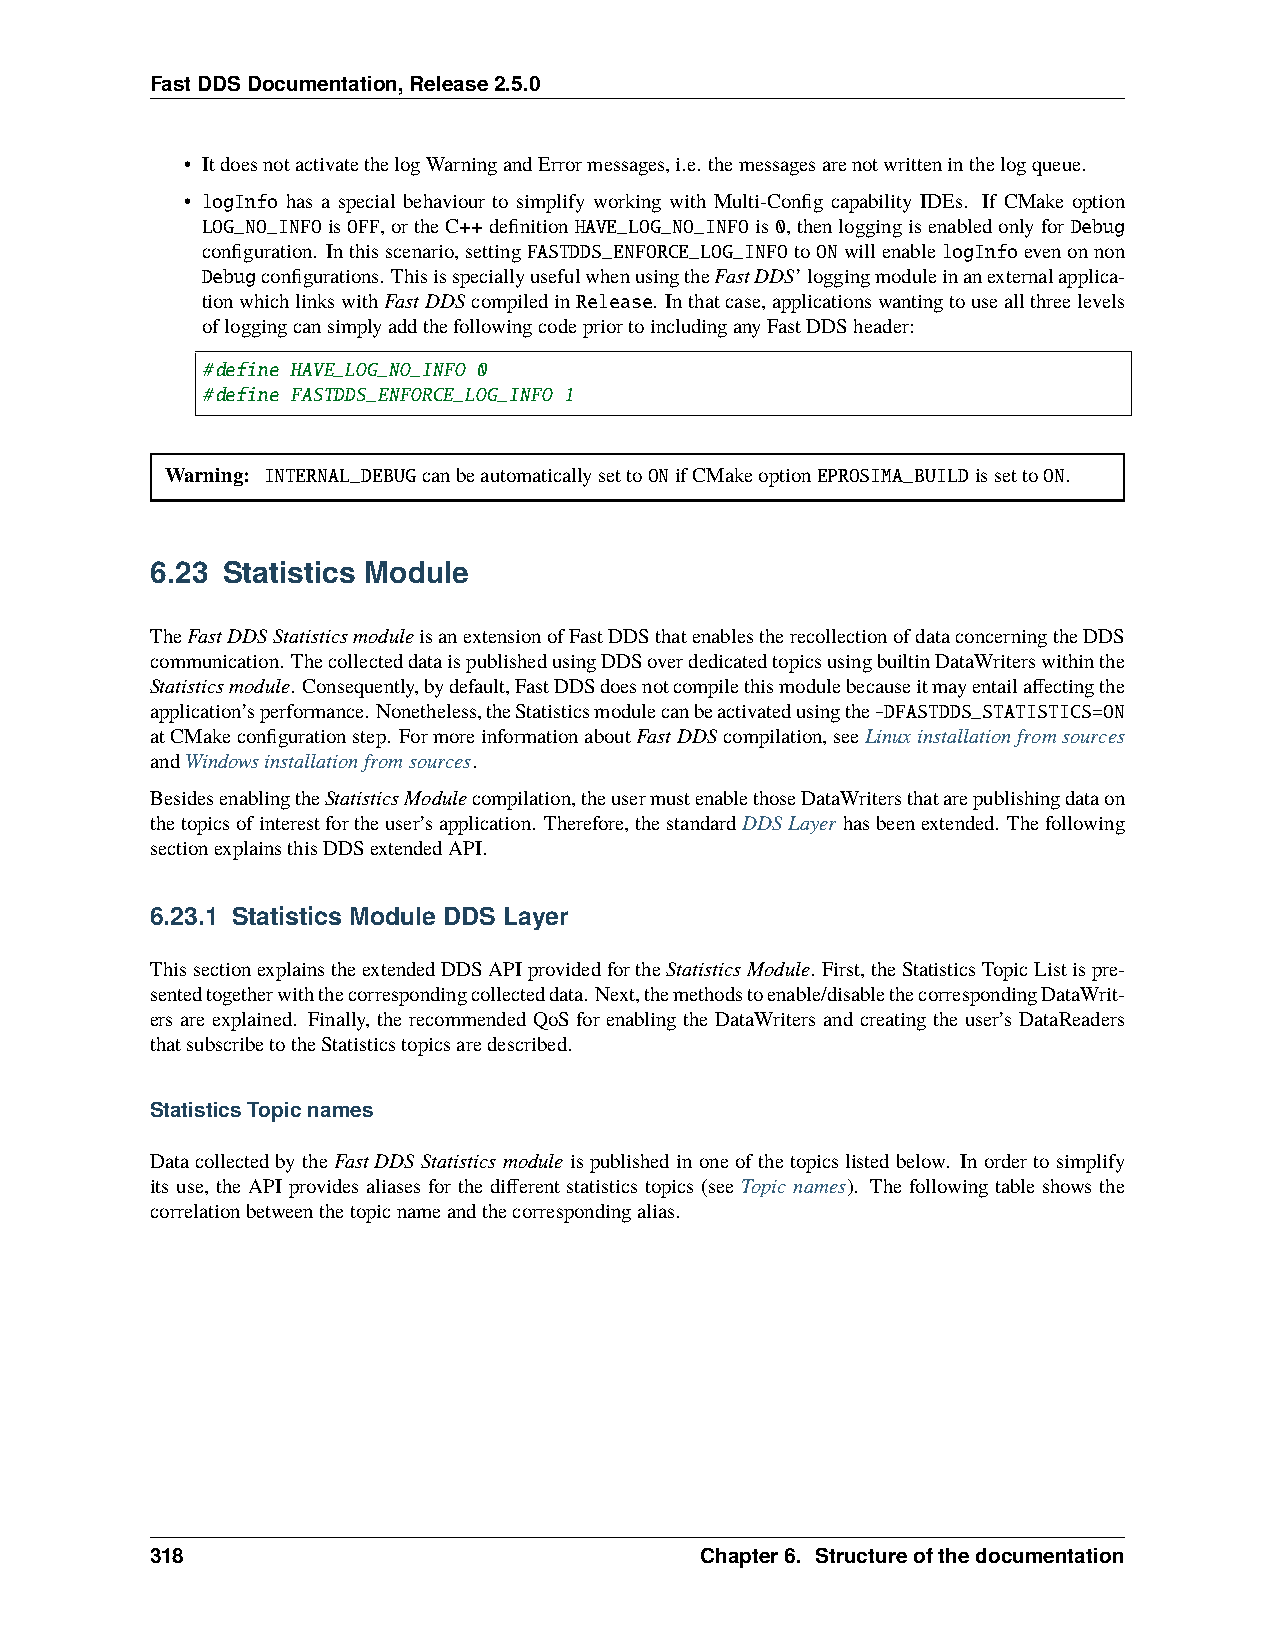
FastDDSDocumentation,Release2.5.0
 • ItdoesnotactivatethelogWarningandErrormessages,i.e. themessagesarenotwritteninthelogqueue.
 • logInfo has a special behaviour to simplify working with Multi-Config capability IDEs. If CMake option
 LOG_NO_INFOisOFF,ortheC++definitionHAVE_LOG_NO_INFOis0,thenloggingisenabledonlyfor Debug
 configuration. Inthisscenario,settingFASTDDS_ENFORCE_LOG_INFOtoONwillenablelogInfoevenonnon
 Debugconfigurations. ThisisspeciallyusefulwhenusingtheFastDDS’loggingmoduleinanexternalapplica-
 tionwhichlinkswithFastDDS compiledinRelease. Inthatcase,applicationswantingtouseallthreelevels
 ofloggingcansimplyaddthefollowingcodepriortoincludinganyFastDDSheader:
 #define HAVE_LOG_NO_INFO 0
 #define FASTDDS_ENFORCE_LOG_INFO 1
 Warning: INTERNAL_DEBUGcanbeautomaticallysettoONifCMakeoptionEPROSIMA_BUILDissettoON.
 6.23 Statistics Module
 TheFastDDSStatisticsmoduleisanextensionofFastDDSthatenablestherecollectionofdataconcerningtheDDS
 communication. ThecollecteddataispublishedusingDDSoverdedicatedtopicsusingbuiltinDataWriterswithinthe
 Statisticsmodule. Consequently,bydefault,FastDDSdoesnotcompilethismodulebecauseitmayentailaffectingthe
 application’sperformance. Nonetheless,theStatisticsmodulecanbeactivatedusingthe-DFASTDDS_STATISTICS=ON
 atCMakeconfigurationstep. FormoreinformationaboutFastDDScompilation,seeLinuxinstallationfromsources
 andWindowsinstallationfromsources.
 BesidesenablingtheStatisticsModulecompilation,theusermustenablethoseDataWritersthatarepublishingdataon
 thetopicsofinterestfortheuser’sapplication. Therefore,thestandardDDSLayer hasbeenextended. Thefollowing
 sectionexplainsthisDDSextendedAPI.
 6.23.1 Statistics Module DDS Layer
 ThissectionexplainstheextendedDDSAPIprovidedfortheStatisticsModule. First,theStatisticsTopicListispre-
 sentedtogetherwiththecorrespondingcollecteddata. Next,themethodstoenable/disablethecorrespondingDataWrit-
 ers are explained. Finally, the recommended QoS for enabling the DataWriters and creating the user’s DataReaders
 thatsubscribetotheStatisticstopicsaredescribed.
 StatisticsTopicnames
 DatacollectedbytheFastDDSStatisticsmoduleispublishedinoneofthetopicslistedbelow. Inordertosimplify
 its use, the API provides aliases for the different statistics topics (see Topic names). The following table shows the
 correlationbetweenthetopicnameandthecorrespondingalias.
 318                                 Chapter6. Structureofthedocumentation